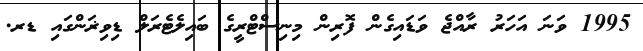
1995 ވަނަ އަހަރު ރާއްޖެ ވަޑައިގެން ފޮރިން މިނިސްޓްރީގެ ބައިލެޓެރަލް ޑިވިޜަންގައި ޑރ.